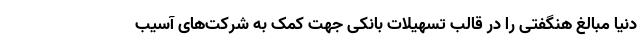
دنیا مبالغ هنگفتی را در قالب تسهیلات بانکی جهت کمک به شرکت‌های آسیب